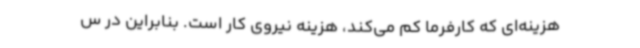
هزینه‌ای که کارفرما کم می‌کند، هزینه نیروی کار است. بنابراین در س